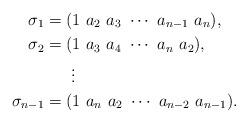
LaTeX: \begin{align*}\sigma_1& = (1\ a_2\ a_3\ \cdots\ a_{n-1}\ a_{n}),\\\sigma_2& = (1\ a_3\ a_4\ \cdots\ a_{n}\ a_{2}),\\&\ \ \ \ \ \vdots\\\sigma_{n-1}& = (1\ a_n\ a_2\ \cdots\ a_{n-2}\ a_{n-1}).\end{align*}